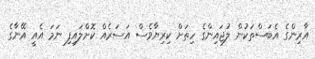
އާރިންގެ އެބަސްތަކުން ލުޖައިންގެ ހިތަށް ކިރިޔާވެސް އަސަރެއް ކޮށްލައިފި ނަމަ އެއީ އޭނާގެ